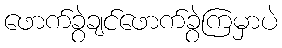
ဖောက်ခွဲချင်ဖောက်ခွဲကြမှာပဲ